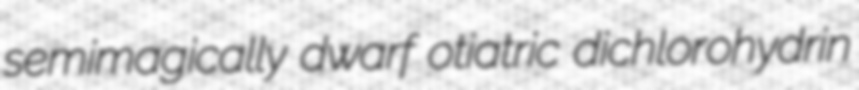
semimagically dwarf otiatric dichlorohydrin